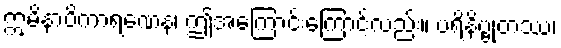
ဣမိနာပိကာရဏေန၊ ဤအကြောင်းကြောင့်လည်း။ ပရိနိဗ္ဗုတဿ၊